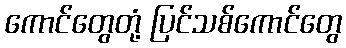
ကောင်တွေတုံ့ ပြင်သစ်ကောင်တွေ